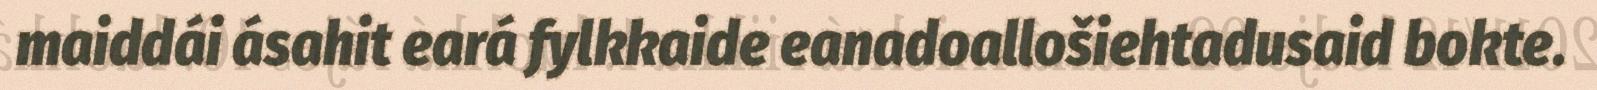
maiddái ásahit eará fylkkaide eanadoallošiehtadusaid bokte.